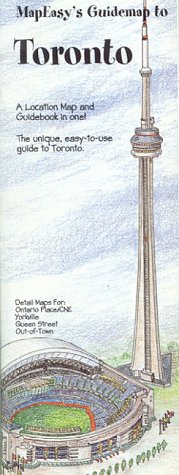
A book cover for MapEasy's Guidemap to Toronto; MapEasy; Travel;